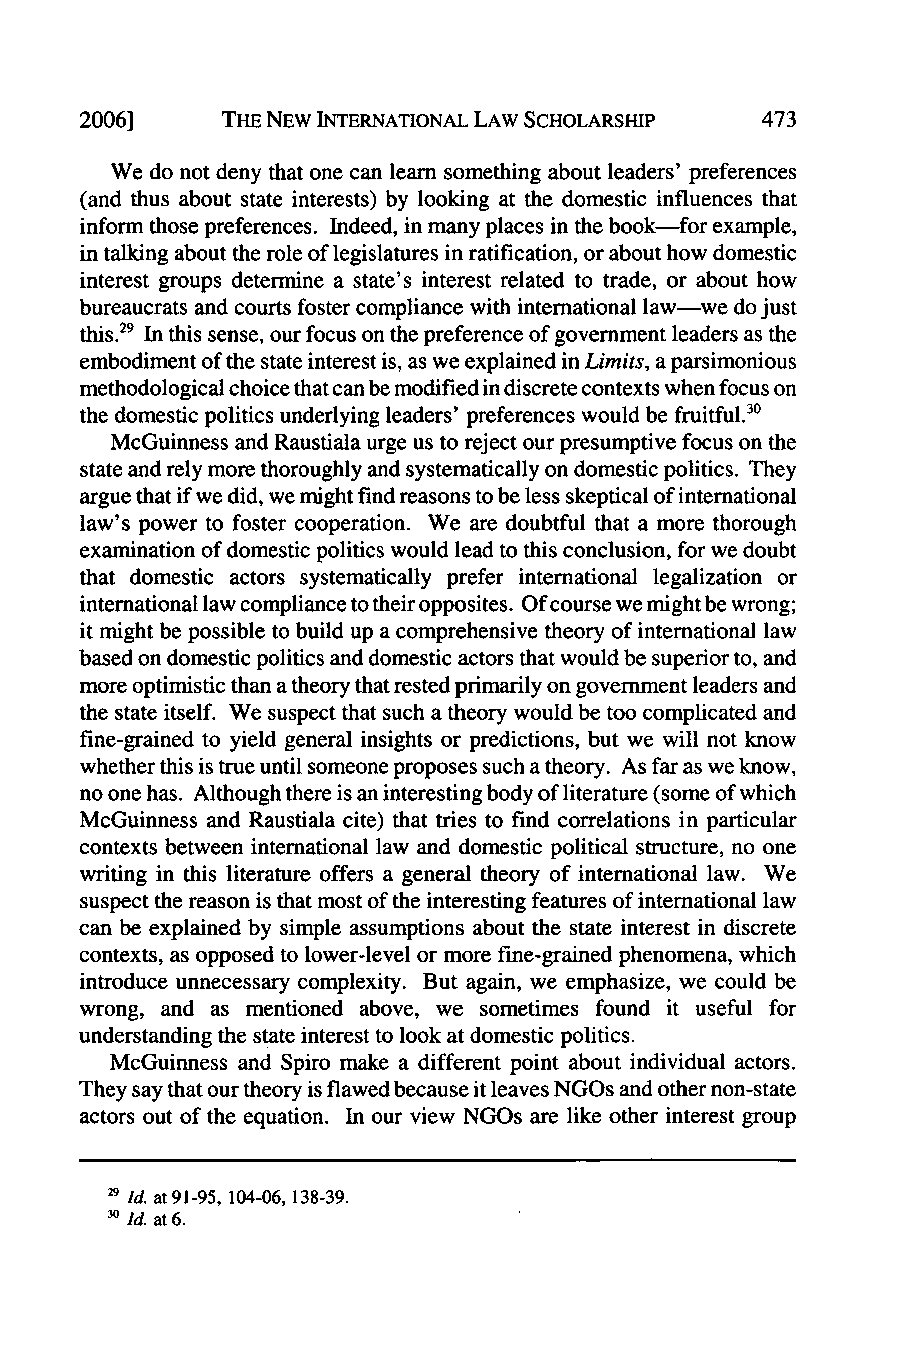
20061     THE NEW INTERNATIONAL LAW SCHOLARSHIP
 We do not deny that one can learn something about leaders' preferences
 (and thus about state interests) by looking at the domestic influences that
 inform those preferences. Indeed, in many places in the book-for example,
 in talking about the role of legislatures in ratification, or about how domestic
 interest groups determine a state's interest related to trade, or about how
 bureaucrats and courts foster compliance with international law-we do just
 this.29 In this sense, our focus on the preference of government leaders as the
 embodiment of the state interest is, as we explained in Limits, a parsimonious
 methodological choice that can be modified in discrete contexts when focus on
 the domestic politics underlying leaders' preferences would be fruitful.3°
 McGuinness and Raustiala urge us to reject our presumptive focus on the
 state and rely more thoroughly and systematically on domestic politics. They
 argue that if we did, we might find reasons to be less skeptical of international
 law's power to foster cooperation. We are doubtful that a more thorough
 examination of domestic politics would lead to this conclusion, for we doubt
 that domestic actors systematically prefer international legalization or
 international law compliance to their opposites. Of course we might be wrong;
 it might be possible to build up a comprehensive theory of international law
 based on domestic politics and domestic actors that would be superior to, and
 more optimistic than a theory that rested primarily on government leaders and
 the state itself. We suspect that such a theory would be too complicated and
 fine-grained to yield general insights or predictions, but we will not know
 whether this is true until someone proposes such a theory. As far as we know,
 no one has. Although there is an interesting body of literature (some of which
 McGuinness and Raustiala cite) that tries to find correlations in particular
 contexts between international law and domestic political structure, no one
 writing in this literature offers a general theory of international law. We
 suspect the reason is that most of the interesting features of international law
 can be explained by simple assumptions about the state interest in discrete
 contexts, as opposed to lower-level or more fine-grained phenomena, which
 introduce unnecessary complexity. But again, we emphasize, we could be
 wrong, and as mentioned above, we sometimes found it useful for
 understanding the state interest to look at domestic politics.
 McGuinness and Spiro make a different point about individual actors.
 They say that our theory is flawed because it leaves NGOs and other non-state
 actors out of the equation. In our view NGOs are like other interest group
 29 I Id d. . a at t 9 6.1-95, 104-06, 138-39.
 30